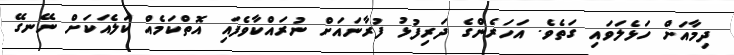
ދިމާއަށް ހަޅެލަވައި ގަތެވެ. އަހަރެންގެ ދަރިފުޅު ފުރާނައަށް ނުރައްކާވެފައި އޮތްކަމެއް ކަލެއަކަށް ނޭނގޭ